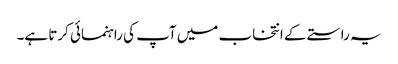
یہ راستے کے انتخاب میں آپ کی راہنمائی کرتا ہے۔